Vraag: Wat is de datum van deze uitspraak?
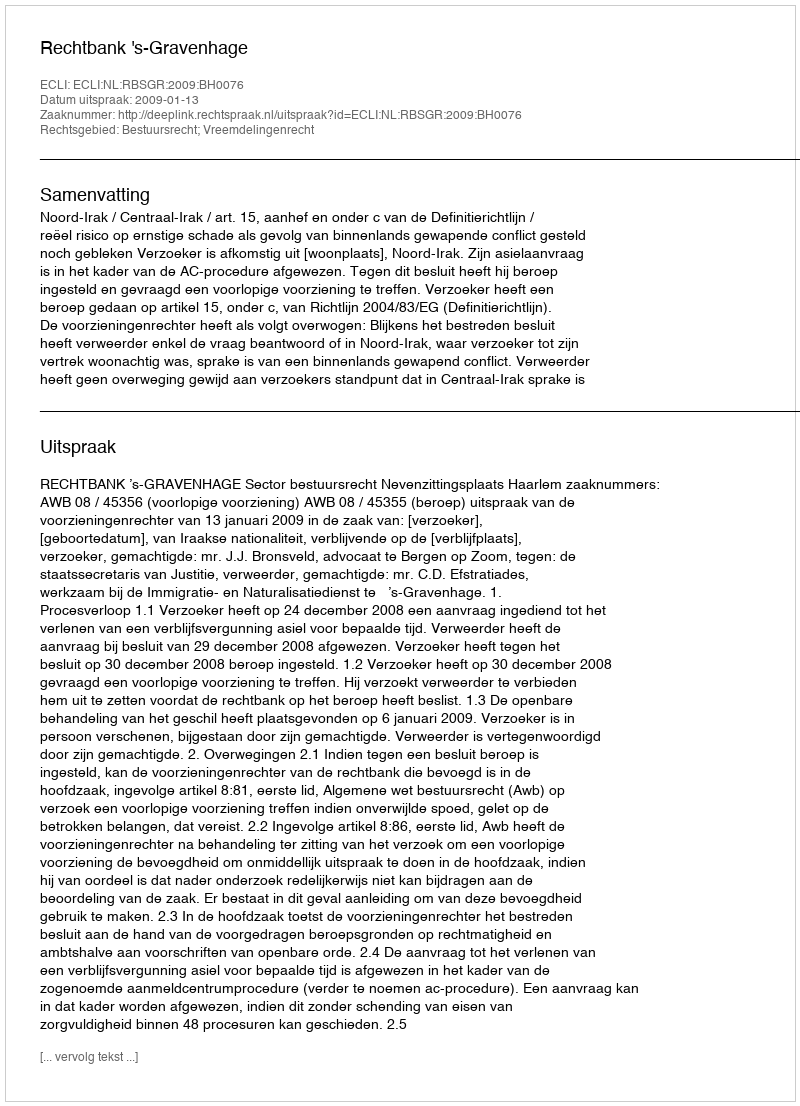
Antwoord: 2009-01-13